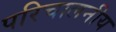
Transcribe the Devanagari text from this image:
परिचालनीय